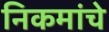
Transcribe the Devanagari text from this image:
निकमांचे